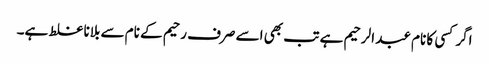
اگر کسی کا نام عبد الرحیم ہے تب بھی اسے صرف رحیم کے نام سے بلانا غلط ہے۔